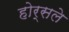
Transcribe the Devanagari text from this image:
होर्सले